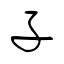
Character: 子